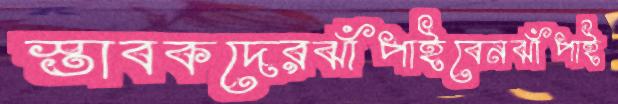
স্তাবকদেরঝাঁপাইবেনঝাঁপাই